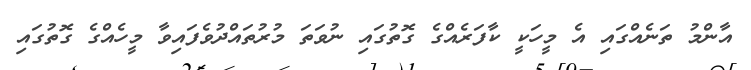
އާންމު ތަނެއްގައި އެ މީހަކީ ކާފަރެއްގެ ގޮތުގައި ނުވަތަ މުރުތައްދުވެފައިވާ މީހެއްގެ ގޮތުގައި